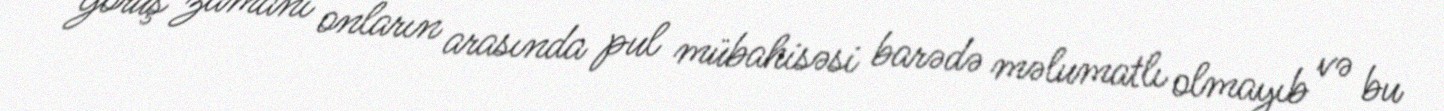
görüş zamanı onların arasında pul mübahisəsi barədə məlumatlı olmayıb və bu